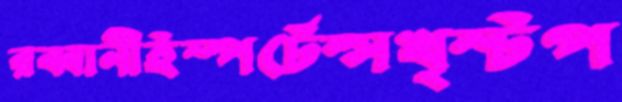
রব্বানীইম্পর্টেন্সখৃস্টপ